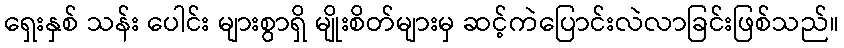
ရှေးနှစ် သန်း ပေါင်း များစွာရှိ မျိုးစိတ်များမှ ဆင့်ကဲပြောင်းလဲလာခြင်းဖြစ်သည်။